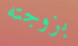
بزوجته